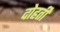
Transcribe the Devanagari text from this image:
दोहर्ती